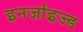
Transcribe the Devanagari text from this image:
इनर्जाइज्ड